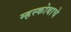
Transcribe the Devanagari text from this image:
म्हस्कोबाचे